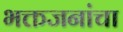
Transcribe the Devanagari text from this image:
भक्तजनांचा